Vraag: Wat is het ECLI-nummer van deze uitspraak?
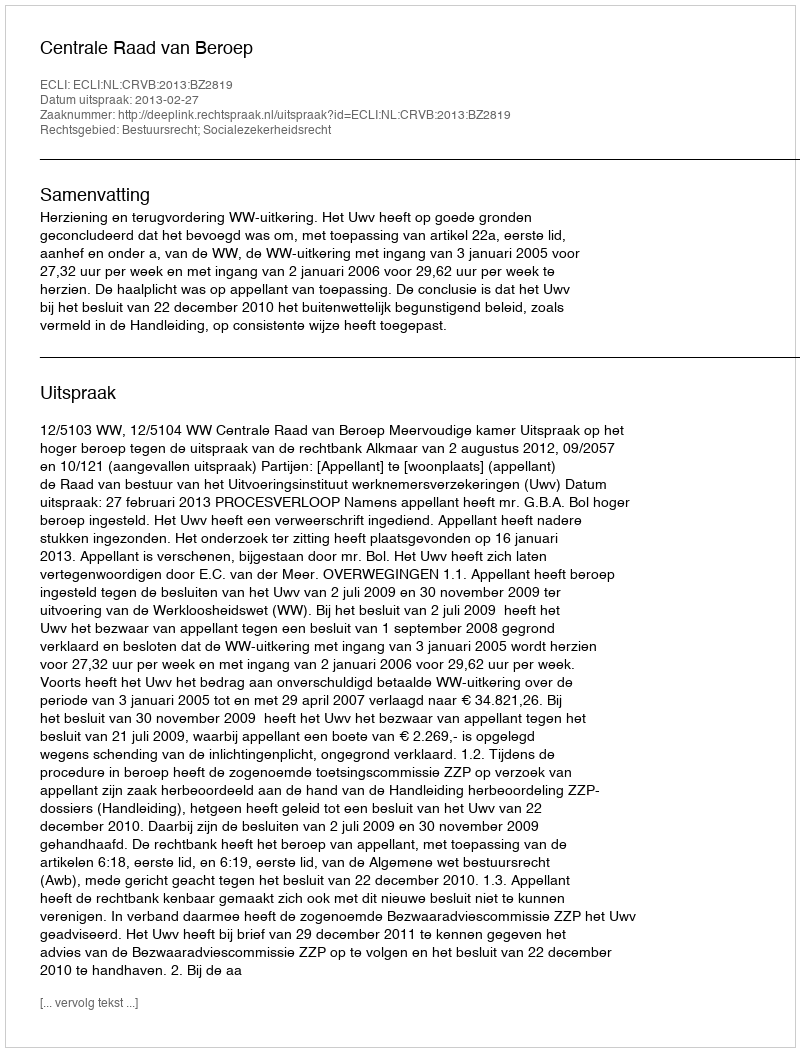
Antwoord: ECLI:NL:CRVB:2013:BZ2819